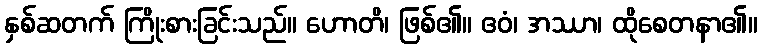
နှစ်ဆတက် ကြိုးစားခြင်းသည်။ ဟောတိ၊ ဖြစ်၏။ ဧဝံ၊ အဿာ၊ ထိုစေတနာ၏။